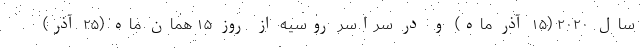
سال ۲۰۲۰ (۱۵ آذر ماه) و در سراسر روسیه از روز ۱۵ همان ماه (۲۵ آذر)